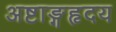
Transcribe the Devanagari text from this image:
अष्टाङ्गहृदय